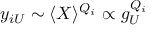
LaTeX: y _ { i U } \sim \langle X \rangle ^ { Q _ { i } } \propto g _ { U } ^ { Q _ { i } }